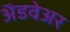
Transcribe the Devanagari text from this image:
अॅडवेअर